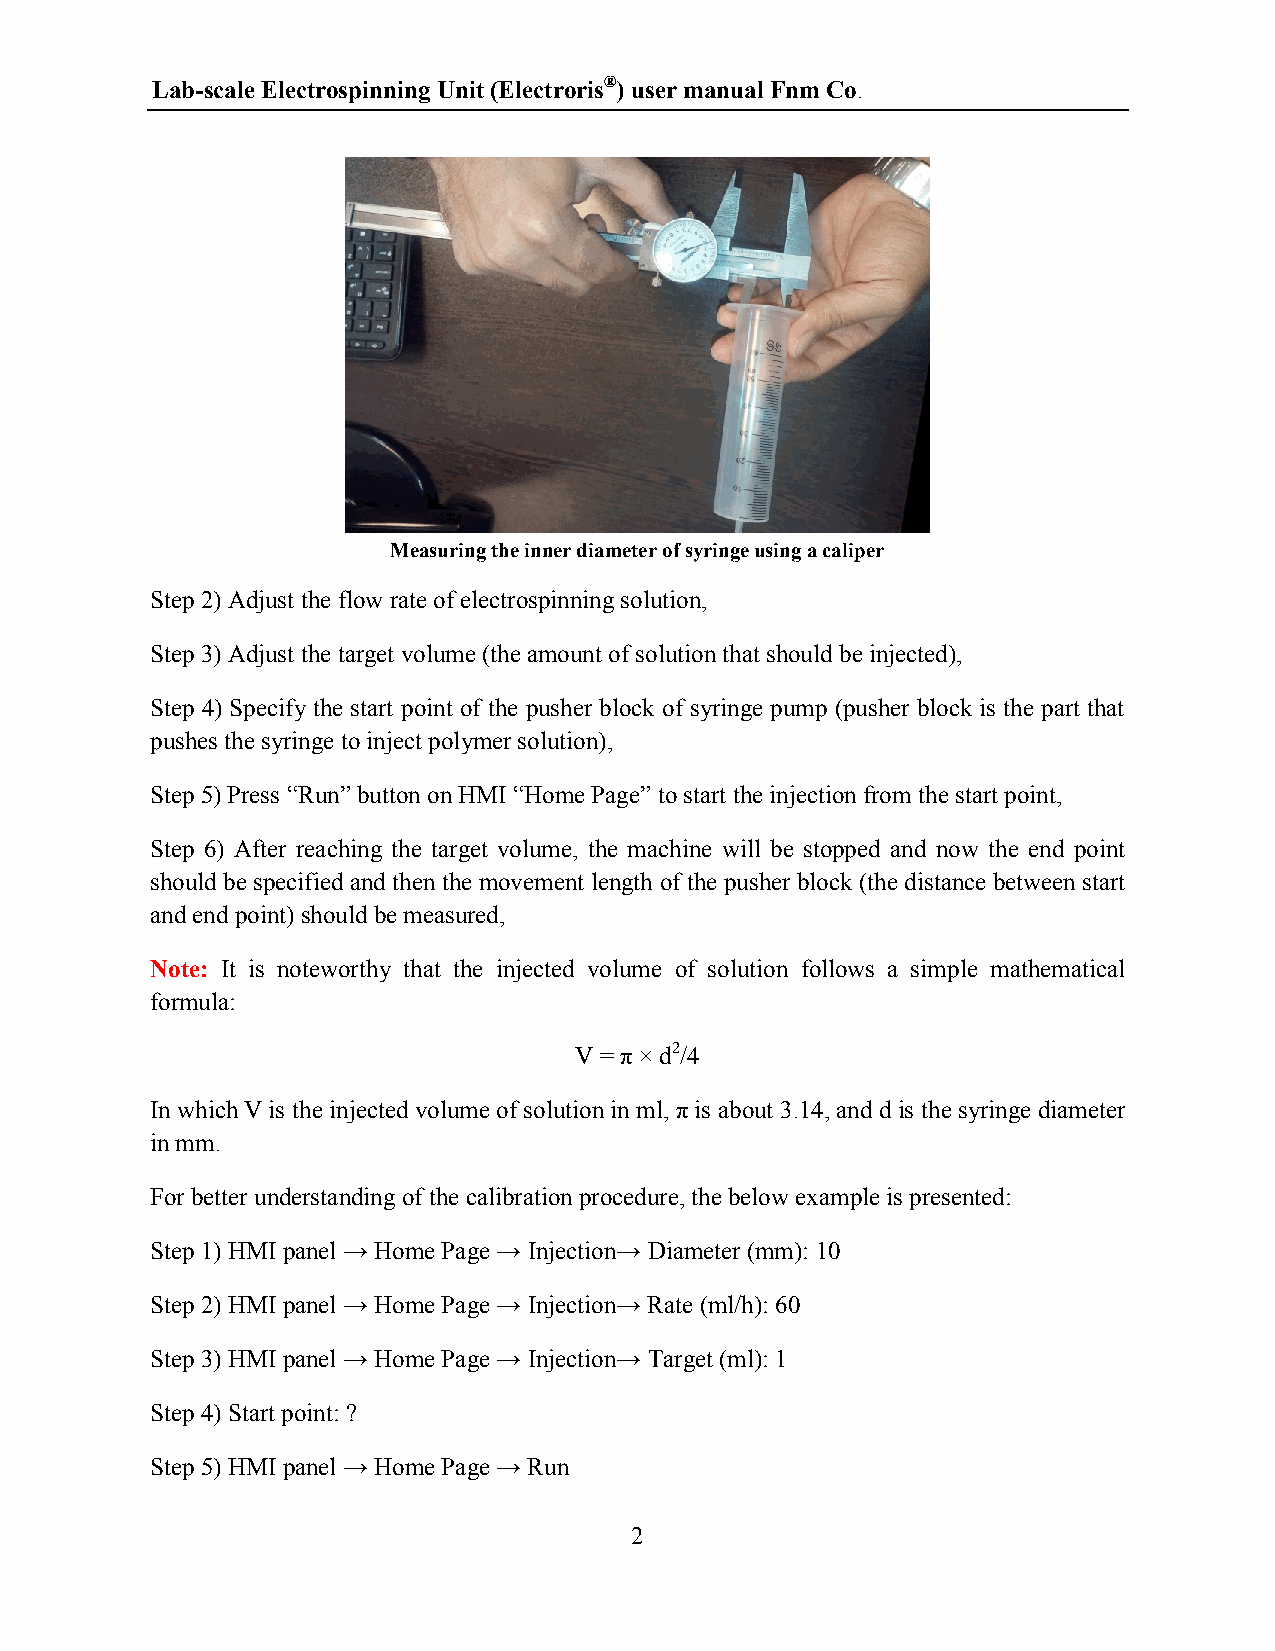
Lab-scale Electrospinning Unit (Electroris®) user manual Fnm Co.
 Measuring the inner diameter of syringe using a caliper
 Step 2) Adjust the flow rate of electrospinning solution,
 Step 3) Adjust the target volume (the amount of solution that should be injected),
 Step 4) Specify the start point of the pusher block of syringe pump (pusher block is the part that
 pushes the syringe to inject polymer solution),
 Step 5) Press “Run” button on HMI “Home Page” to start the injection from the start point,
 Step 6) After reaching the target volume, the machine will be stopped and now the end point
 should be specified and then the movement length of the pusher block (the distance between start
 and end point) should be measured,
 Note: It is noteworthy that the injected volume of solution follows a simple mathematical
 formula:
 V = π × d2/4
 In which V is the injected volume of solution in ml, π is about 3.14, and d is the syringe diameter
 in mm.
 For better understanding of the calibration procedure, the below example is presented:
 Step 1) HMI panel → Home Page → Injection→ Diameter (mm): 10
 Step 2) HMI panel → Home Page → Injection→ Rate (ml/h): 60
 Step 3) HMI panel → Home Page → Injection→ Target (ml): 1
 Step 4) Start point: ?
 Step 5) HMI panel → Home Page → Run
 2